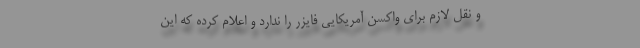
و نقل لازم برای واکسن آمریکایی فایزر را ندارد و اعلام کرده که این